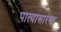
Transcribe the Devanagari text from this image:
पात्यासारखा